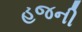
હજની